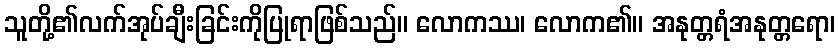
သူတို့၏လက်အုပ်ချီးခြင်းကိုပြုရာဖြစ်သည်။ လောကဿ၊ လောက၏။ အနုတ္တရံအနုတ္တရော၊